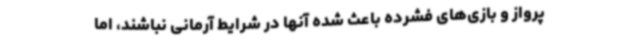
پرواز و بازی‌های فشرده باعث شده آنها در شرایط آرمانی نباشند، اما